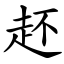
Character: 䞜